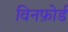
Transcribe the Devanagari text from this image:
विनफ़ोर्ड